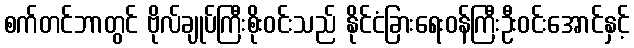
စက်တင်ဘာတွင် ဗိုလ်ချုပ်ကြီးစိုးဝင်းသည် နိုင်ငံခြားရေးဝန်ကြီးဦးဝင်းအောင်နှင့်